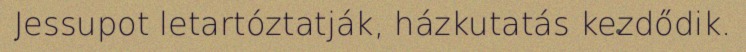
Jessupot letartóztatják, házkutatás kezdődik.